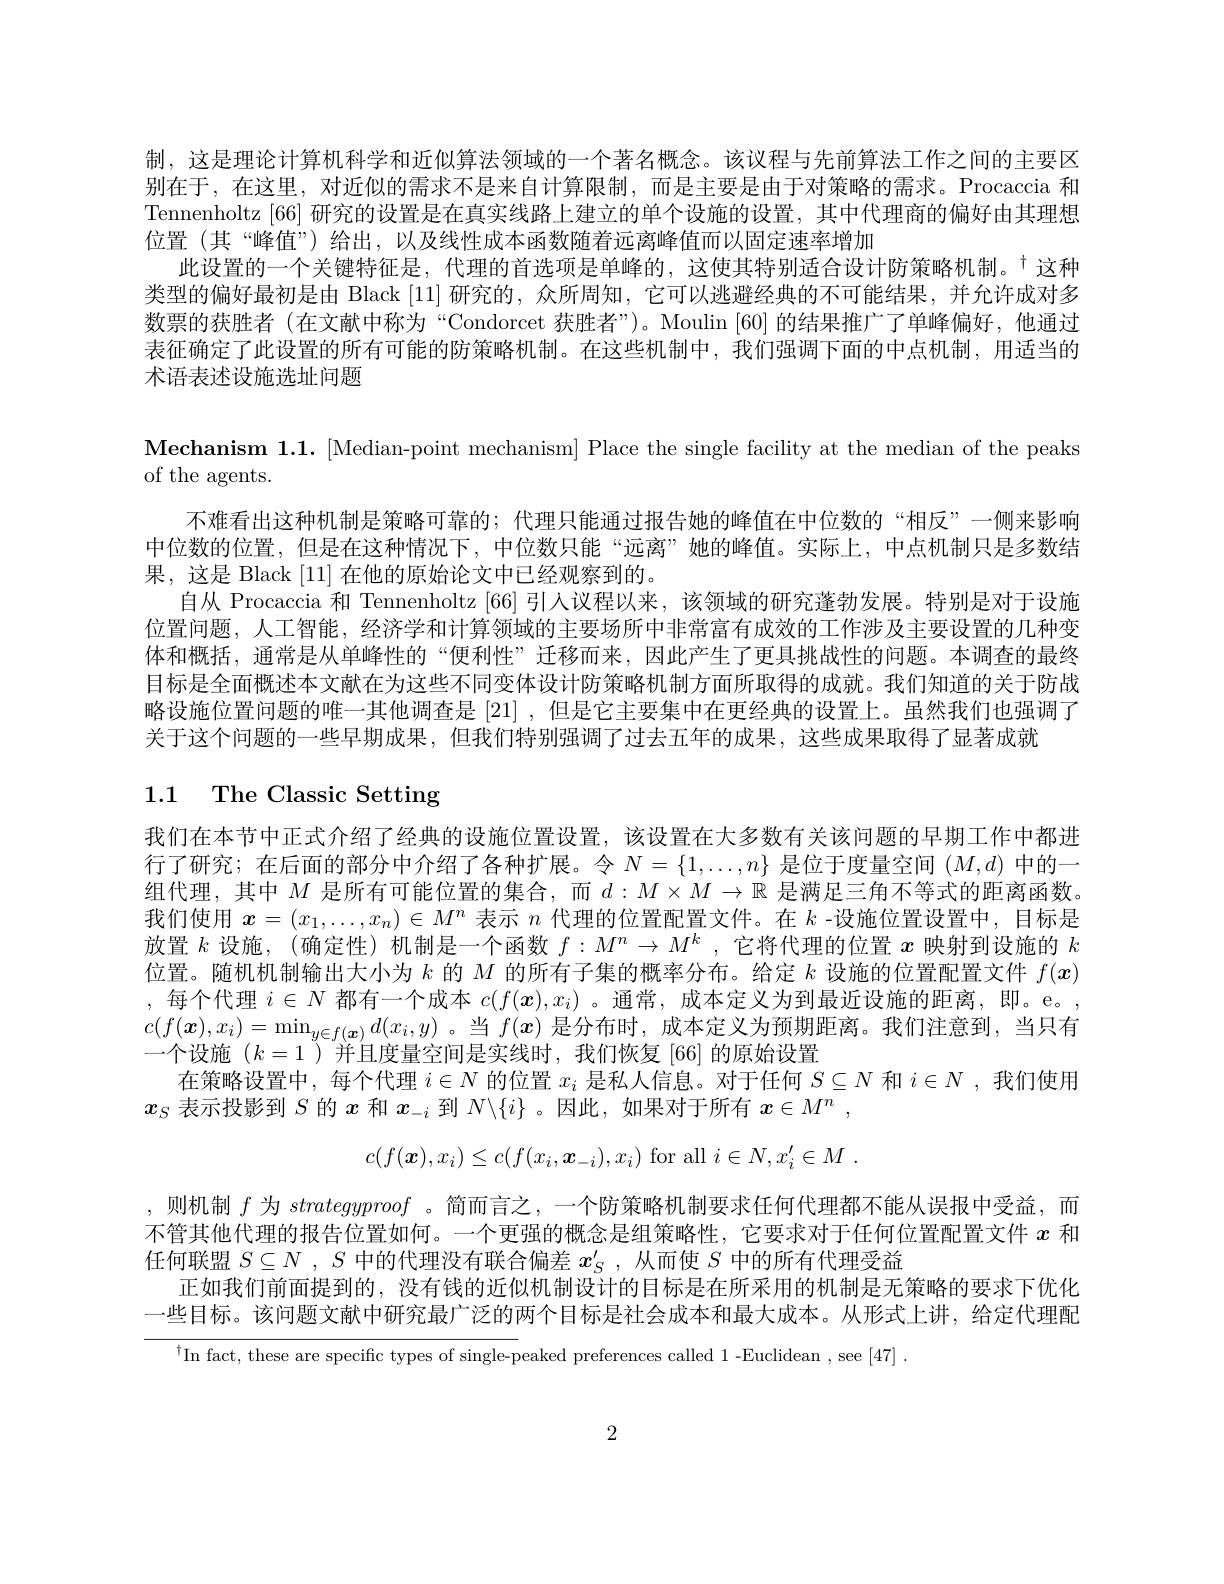
制，这是理论计算机科学和近似算法领域的一个著名概念。该议程与先前算法工作之间的主要区别在于，在这里，对近似的需求不是来自计算限制，而是主要是由于对策略的需求。Procaccia 和Tennenholtz [66] 研究的设置是在真实线路上建立的单个设施的设置，其中代理商的偏好由其理想位置 (其“峰值”) 给出，以及线性成本函数随着远离峰值而以固定速率增加
此设置的一个关键特征是，代理的首选项是单峰的，这使其特别适合设计防策略机制。$^{+}$这种类型的偏好最初是由 Black [11]研究的，众所周知，它可以逃避经典的不可能结果，并允许成对多数票的获胜者(在文献中称为“Condorcet 获胜者”)。Moulin[60] 的结果推广了单峰偏好，他通过表征确定了此设置的所有可能的防策略机制。在这些机制中，我们强调下面的中点机制，用适当的术语表述设施选址问题
Mechanism 1.1.[Median-point mechanism] Place the single facility at the median of the peaks
of the agents.
不难看出这种机制是策略可靠的；代理只能通过报告她的峰值在中位数的“相反”一侧来影响中位数的位置，但是在这种情况下，中位数只能“远离”她的峰值。实际上，中点机制只是多数结果，这是 Black [11]在他的原始论文中已经观察到的。
自从 Procaccia 和 Tennenholtz [66] 引入议程以来，该领域的研究蓬勃发展。特别是对于设施位置问题，人工智能，经济学和计算领域的主要场所中非常富有成效的工作涉及主要设置的几种变体和概括，通常是从单峰性的“便利性”迁移而来，因此产生了更具挑战性的问题。本调查的最终目标是全面概述本文献在为这些不同变体设计防策略机制方面所取得的成就。我们知道的关于防战略设施位置问题的唯一其他调查是 [21] ,但是它主要集中在更经典的设置上。虽然我们也强调了关于这个问题的一些早期成果，但我们特别强调了过去五年的成果，这些成果取得了显著成就
1.1 The Classic Setting

我们在本节中正式介绍了经典的设施位置设置，该设置在大多数有关该问题的早期工作中都进行了研究；在后面的部分中介绍了各种扩展。令$N=\{1,\ldots,n\}$是位于度量空间$(M,d)$中的一组代理，其中$M$是所有可能位置的集合，而$d:M\times M\to\mathbb{R}$是满足三角不等式的距离函数。我们使用$x=(x_1,\ldots,x_n)\in M^n$表示$n$代理的位置配置文件。在$k$ -设施位置设置中，目标是放置$k$设施，(确定性) 机制是一个函数$f:M^n\to M^k$ ,它将代理的位置$x$映射到设施的$k$ 位置。随机机制输出大小为$k$的$M$的所有子集的概率分布。给定$k$设施的位置配置文件$f(x)$ ,每个代理$i\in N$都有一个成本$c(f(\boldsymbol{x}),x_i)$ 。通常，成本定义为到最近设施的距离，即。e。, $c(f(\boldsymbol{x}),x_i)=\operatorname*{min}_{y\in f(\boldsymbol{x})}d(x_i,y)$ 。当$f(\boldsymbol{x})$是分布时，成本定义为预期距离。我们注意到，当只有一个设施$(k=1$ )并且度量空间是实线时，我们恢复 [66] 的原始设置
在策略设置中，每个代理$i\in N$的位置$x_i$是私人信息。对于任何$S\subseteq N$和$i\in N$ ,我们使用
$x_S$表示投影到$S$的$x$和$x_-i$到$N\backslash\{i\}$ 。因此，如果对于所有$x\in M^n$,
$$c(f(\boldsymbol{x}),x_i)\leq c(f(x_i,\boldsymbol{x}_{-i}),x_i)\mathrm{~for~all~}i\in N,x_i^{\prime}\in M\:.$$
,则机制$f$为strategyproof 。简而言之，一个防策略机制要求任何代理都不能从误报中受益，而不管其他代理的报告位置如何。一个更强的概念是组策略性，它要求对于任何位置配置文件$x$和任何联盟$S\subseteq N$ , $S$中的代理没有联合偏差$x_S^{\prime}$ ,从而使$S$中的所有代理受益
正如我们前面提到的，没有钱的近似机制设计的目标是在所采用的机制是无策略的要求下优化一些目标。该问题文献中研究最广泛的两个目标是社会成本和最大成本。从形式上讲，给定代理配

$^{\dagger}$In fact, these are specific types of single-peaked preferences called 1-Euclidean , see [47] .

2